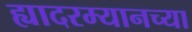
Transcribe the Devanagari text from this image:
ह्यादरम्यानच्या